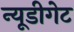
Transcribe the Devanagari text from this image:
न्यूडीगेट